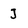
Character: J